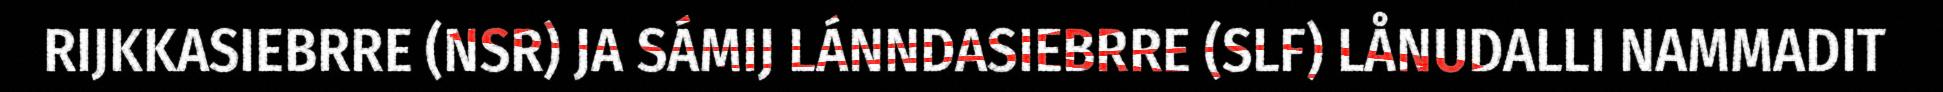
RIJKKASIEBRRE (NSR) JA SÁMIJ LÁNNDASIEBRRE (SLF) LÅNUDALLI NAMMADIT